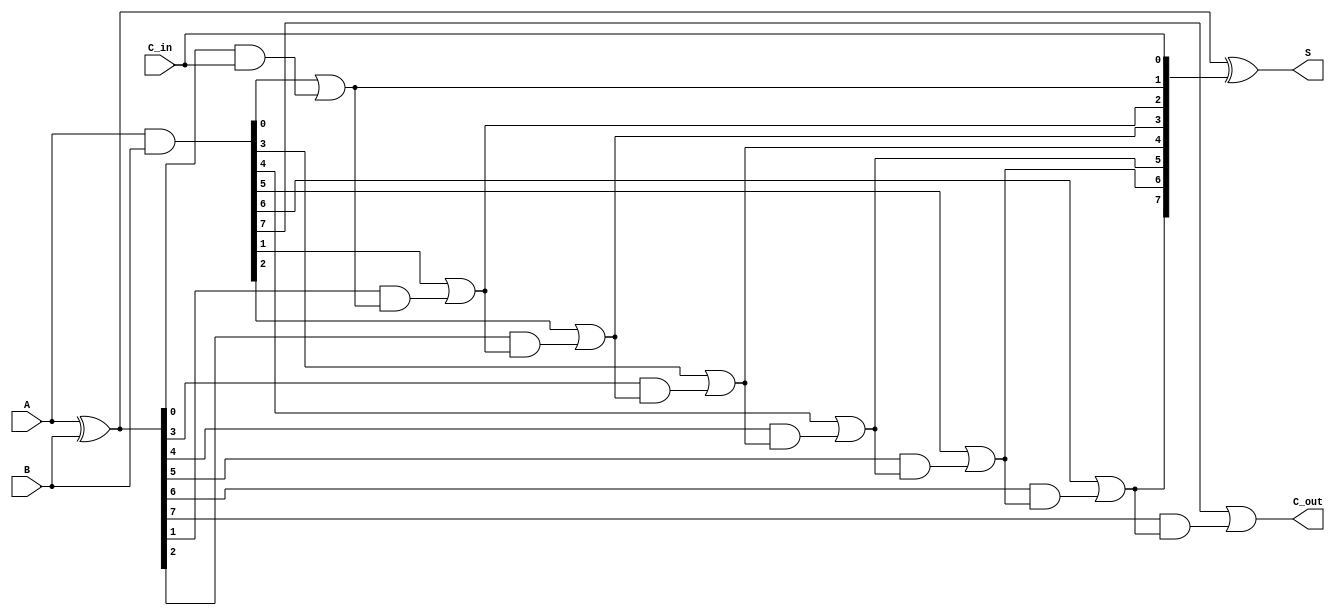
module ParallelPrefixAdder #(parameter N = 8) (
    input  wire [N-1:0] A,       // First input
    input  wire [N-1:0] B,       // Second input
    input  wire C_in,            // Carry-in
    output wire [N-1:0] S,       // Sum output
    output wire C_out            // Carry-out
);

    // Generate and Propagate signals
    wire [N-1:0] G; // Generate
    wire [N-1:0] P; // Propagate
    wire [N:0] C;   // Carry signals

    // Generate and Propagate calculations
    assign G = A & B;          // G_i = A_i * B_i
    assign P = A ^ B;          // P_i = A_i + B_i (XOR)

    // Carry signals initialization
    assign C[0] = C_in;        // C_0 = C_in

    // Kogge-Stone prefix structure for carry computation
    genvar i, j;
    generate
        // Level 1
        for (i = 0; i < N; i = i + 1) begin : level1
            if (i == 0) begin
                assign C[i + 1] = G[i] | (P[i] & C[i]); // C_1 = G_0 + P_0 * C_0
            end else begin
                assign C[i + 1] = G[i] | (P[i] & C[i]); // C_(i+1) = G_i + P_i * C_i
            end
        end

        // Higher levels
        for (j = 1; j < N; j = j + 1) begin : higher_levels
            for (i = 0; i < N - j; i = i + 1) begin : level
                assign C[i + j + 1] = G[i + j] | (P[i + j] & C[i + j]); // Carry propagation
            end
        end
    endgenerate

    // Sum calculation
    assign S = P ^ C[N-1:0]; // S_i = P_i XOR C_(i-1)

    // Carry-out
    assign C_out = C[N]; // Final carry-out

endmodule